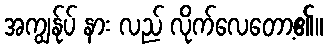
အကျွန်ုပ် နား လည် လိုက်လေတော့၏။